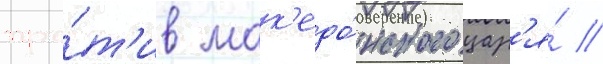
про́т'ив мак'едо́нского цар'я́ //